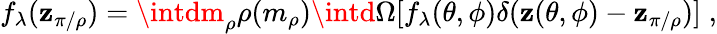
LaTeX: f_{\lambda}(\mathbf{z}_{\pi/\rho})=\intdm_{\rho}\rho(m_{\rho})\intd\Omega[f_{\lambda}(\theta,\phi)\delta(\mathbf{z}(\theta,\phi)-\mathbf{z}_{\pi/\rho})]\; ,